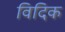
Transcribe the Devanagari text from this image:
विदिक